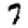
Digit: 7